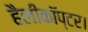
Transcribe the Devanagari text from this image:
हैलीकॉप्टर।